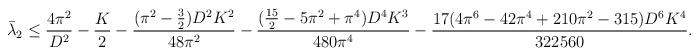
LaTeX: \begin{align*} \bar\lambda_2 &\leq \frac{4\pi^2}{D^2}-\frac{K}{2}- \frac{(\pi^2-\tfrac 32 )D^2K^2}{48\pi^2}-\frac{(\frac{15}{2}-5\pi^2+\pi^4)D^4K^3}{480\pi^4} - \frac{17(4\pi^6-42\pi^4+210\pi^2-315)D^6K^4}{322560}.\end{align*}